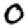
Digit: 0